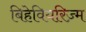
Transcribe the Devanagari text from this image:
बिहेवियरिज़्म